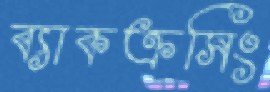
ব্যাকক্রসিং